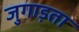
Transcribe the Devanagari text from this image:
जुगाड़ता